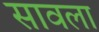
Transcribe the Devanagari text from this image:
सावला